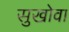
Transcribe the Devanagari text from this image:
सुखोवा